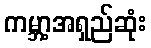
ကမ္ဘာ့အရှည်ဆုံး